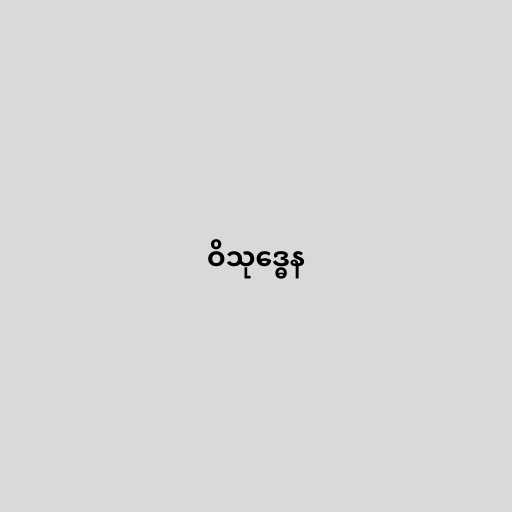
ဝိသုဒ္ဓေန